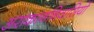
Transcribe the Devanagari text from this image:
अराकाननिवासियों